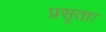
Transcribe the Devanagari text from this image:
प्रसृताः